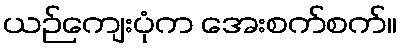
ယဉ်ကျေးပုံက အေးစက်စက်။